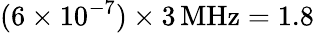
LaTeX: (6\times 10^{-7})\times 3\, \mathrm{MHz}=1.8